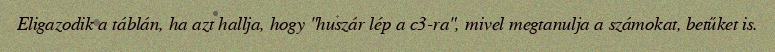
Eligazodik a táblán, ha azt hallja, hogy "huszár lép a c3-ra", mivel megtanulja a számokat, betűket is.